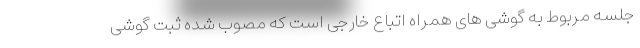
جلسه مربوط به گوشی های همراه اتباع خارجی است که مصوب شده ثبت گوشی